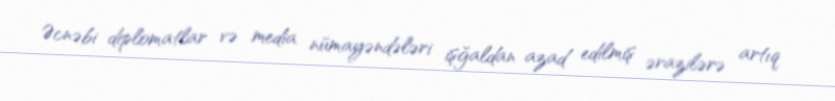
Əcnəbi diplomatlar və media nümayəndələri işğaldan azad edilmiş ərazilərə artıq